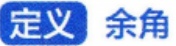
定义 余角